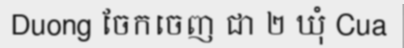
Duong ចែកចេញ ជា ២ ឃុំ Cua